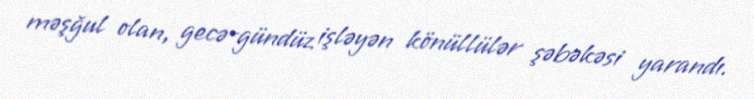
məşğul olan, gecə-gündüz işləyən könüllülər şəbəkəsi yarandı.